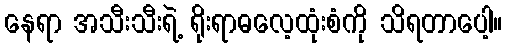
နေရာ အသီးသီးရဲ့ ရိုးရာဓလေ့ထုံးစံကို သိရတာပေါ့။